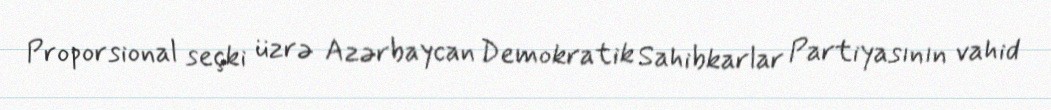
Proporsional seçki üzrə Azərbaycan Demokratik Sahibkarlar Partiyasının vahid